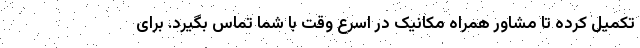
تکمیل کرده تا مشاور همراه مکانیک در اسرع وقت با شما تماس بگیرد. برای